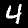
Label: 4